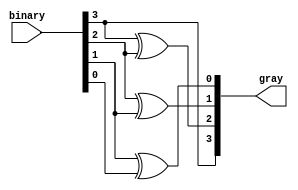
module b_to_g(gray,binary);
//port direction
	input [3:0]binary;
	output reg[3:0]gray;
	integer i;
	
	//behaviour modeling
always@(*)
   begin
    //msb is as it is.	   
    gray[3]=binary[3];
    for(i=2;i>=0;i=i-1)
     begin
      //xor operation	     
      gray[i] = binary[i+1] ^ binary[i];
     end
   end
	
endmodule